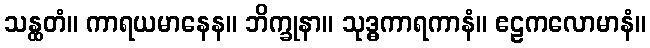
သန္ထတံ။ ကာရယမာနေန။ ဘိက္ခုနာ။ သုဒ္ဓကာရကာနံ။ ဧဠကလောမာနံ။